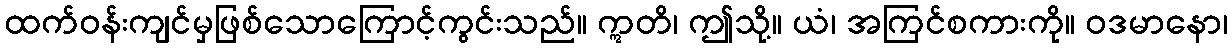
ထက်ဝန်းကျင်မှဖြစ်သောကြောင့်ကွင်းသည်။ ဣတိ၊ ဤသို့။ ယံ၊ အကြင်စကားကို။ ဝဒမာနော၊